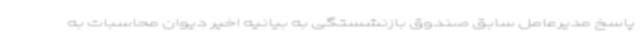
پاسخ مدیرعامل سابق صندوق بازنشستگی به بیانیه اخیر دیوان محاسبات به